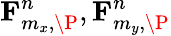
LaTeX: \mathbf{F}_{m_{x},\P}^{n},\mathbf{F}_{m_{y},\P}^{n}